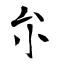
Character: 厼